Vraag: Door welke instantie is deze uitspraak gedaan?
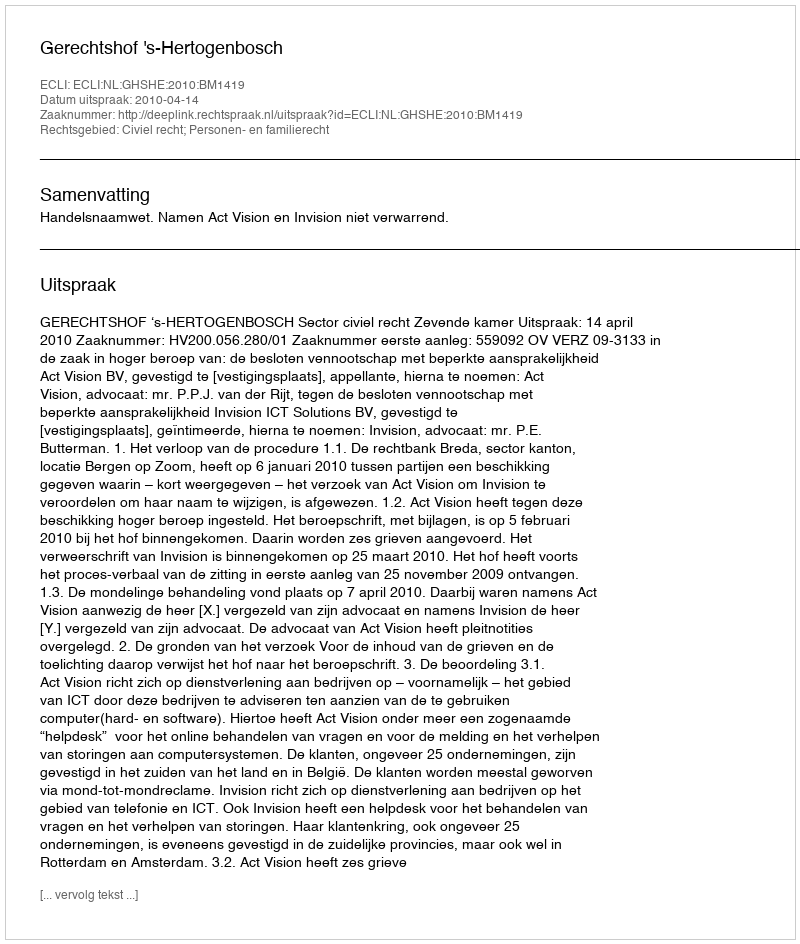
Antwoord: Gerechtshof 's-Hertogenbosch